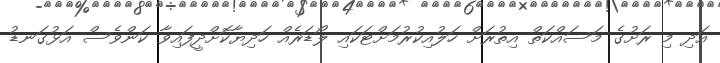
އަދި މި ރަށުގެ މަސައްކަތް އިތުރަށް ހަލުއިކުރުމަށްޓަކައި ލޯޑަރެއް ހަދިޔާކޮށްދީފައިވާ ކަންވެސް އަޅުގަނޑު